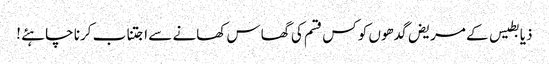
ذیابطیس کے مریض گدھوں کو کس قسم کی گھاس کھانے سے اجتناب کرنا چاہئے !